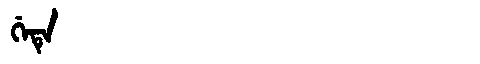
Manchu: ᡤᡝᡨᡝ
Romanization: GETE